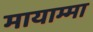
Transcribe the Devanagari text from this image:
मायाम्मा